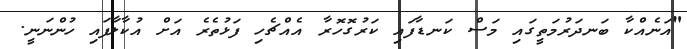
"އަނެއްކާ ބަނދަރުމަތީގައި މަސް ކަނޑާފައި ކަރުގޮހޮރާ އެއްޗެހި ފަޅުތެރެ އަށް އުކާލާފައި ހުންނަނީ.